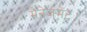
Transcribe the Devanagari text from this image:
मैनेजमेंट।